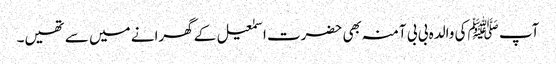
آپ ﷺکی والدہ بی بی آمنہ بھی حضرت اسمٰعیل کے گھرانے میں سے تھیں۔